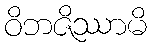
ဝိဘဇိဿာမိ